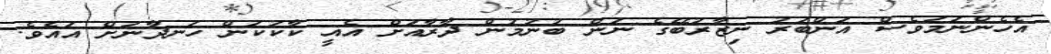
އެހެންނަމަވެސް އަންބަރު ނިޒާރުބޭގެ ނަން ބުނުމުން ދާރާއަށް އެއީ ކާކުކަން ހަނދާނަށް އައެވެ.